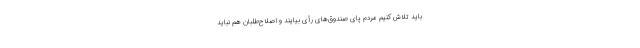
باید تلاش کنیم مردم پای صندوق‌های رأی بیایند و اصلاح‌طلبان هم نباید